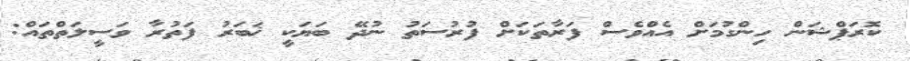
ކޮރަޕްޝަން ހިންގުމަށް އެއްވެސް ފަރާތަކަށް ފުރުސަތު ނުދޭ ބަޔަކީ ޚަބަރު ފަތުރާ ވަސީލަތްތައް: